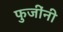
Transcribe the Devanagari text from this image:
फुजींनी